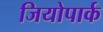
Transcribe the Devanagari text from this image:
जियोपार्क